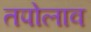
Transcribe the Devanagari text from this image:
तपोलाव